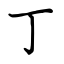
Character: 丁